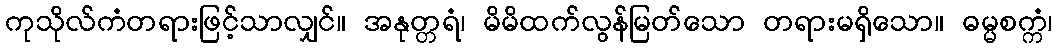
ကုသိုလ်ကံတရားဖြင့်သာလျှင်။ အနုတ္တရံ၊ မိမိထက်လွန်မြတ်သော တရားမရှိသော။ ဓမ္မစက္ကံ၊